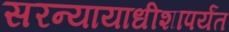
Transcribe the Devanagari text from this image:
सरन्यायाधीशापर्यंत